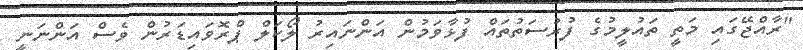
"ރާއްޖޭގައި މަތީ ތައުލީމުގެ ފުރުސަތުތައް ފުޅާވަމުން އަންނައިރު ލޯކަލް ޕްރޮވައިޑަރުން ވެސް އަންނަނީ